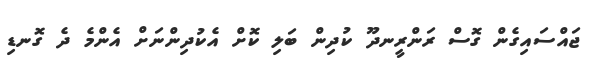
ޖައްސައިގެން ގޮސް ރަންރީނދޫ ކުދިން ބަލި ކޮށް އެކުދިންނަށް އެންމެ ދެ ގޮނޑި